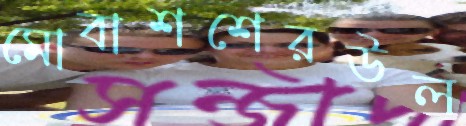
মোবাশশেরউল